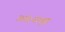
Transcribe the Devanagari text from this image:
अंतःसमूह